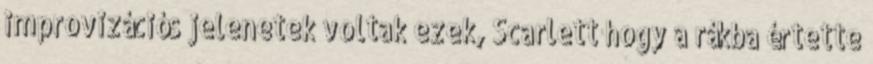
improvizációs jelenetek voltak ezek, Scarlett hogy a rákba értette